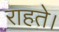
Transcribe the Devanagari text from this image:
राहते।